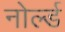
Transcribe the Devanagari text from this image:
नोर्ल्ड